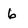
Character: 6